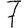
Digit: 7